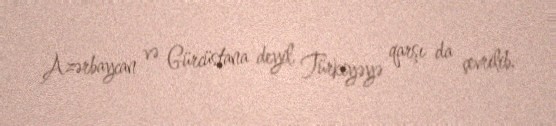
Azərbaycan və Gürcüstana deyil, Türkiyəyə qarşı da çevrilib.